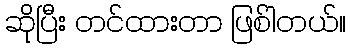
ဆိုပြီး တင်ထားတာ ဖြစ်ါတယ်။